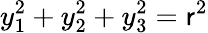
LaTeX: y_{1}^{2}+y_{2}^{2}+y_{3}^{2}=\mathsf{r}^{2}